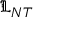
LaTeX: { \mathfrak { L } } _ { N T }